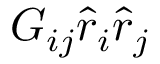
G _ { i j } \hat { r } _ { i } \hat { r } _ { j }